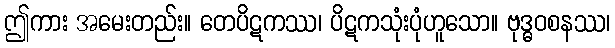
ဤကား အမေးတည်း။ တေပိဋကဿ၊ ပိဋကသုံးပုံဟူသော။ ဗုဒ္ဓဝစနဿ၊